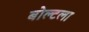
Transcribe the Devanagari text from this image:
बोल्टला